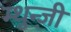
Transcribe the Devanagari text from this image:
म्थुन्ज़ी